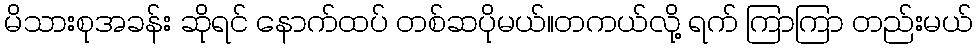
မိသားစုအခန်း ဆိုရင် နောက်ထပ် တစ်ဆပိုမယ်။တကယ်လို့ ရက် ကြာကြာ တည်းမယ်